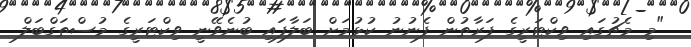
"މި މެޗުގައި ވިކްޓަރީގެ ފަރާތުން ފެނުނު ކުޅުމަށް ބަލާފައި ބުނެވޭނީ ވިކްޓަރީގެ މުސްތަގްބަލް